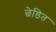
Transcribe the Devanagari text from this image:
छेडित